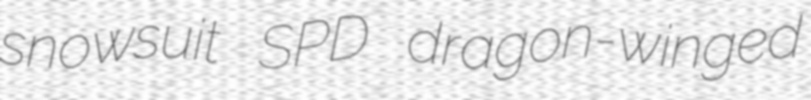
snowsuit SPD dragon-winged